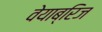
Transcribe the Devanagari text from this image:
वेयाब्रिज